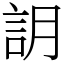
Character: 䚴